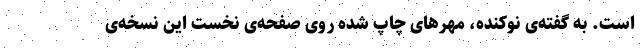
است. به گفته‌ی نوکنده، مُهرهای چاپ شده روی صفحه‌ی نخست این نسخه‌ی